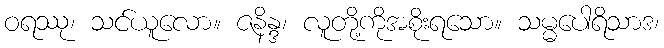
ဝရဿု၊ သင်ယူလော။ ဇနိန္ဒ၊ လူတို့ကိုအစိုးရသော။ သမ္မပေါရိသာဒ၊